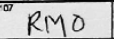
Transcription: RMO